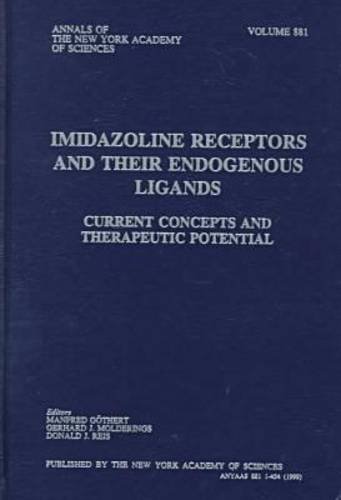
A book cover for Imidazoline Receptors and Their Endogenous Ligands: Current Concepts and Therapeutic Potential (Annals of the New York Academy of Sciences); Medical Books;